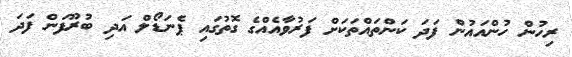
ރިހުން ހުންއައުން ފަދަ ކަންތައްތަކަށް ފަރުވާއެއްގެ ގޮތުގަައި ޕެނަޑޯލް އަދި ބުރޫފަން ފަދަ